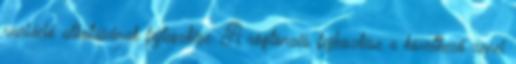
variáció alkotásának fejlesztése. A rögtönzés fejlesztése a következő zenei